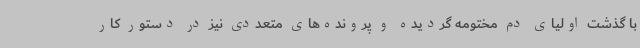
با گذشت اولیای دم مختومه گردیده و پرونده‌های متعددی نیز در دستور کار